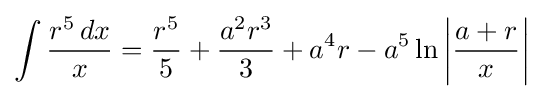
\int {\frac {r^{5}\,dx}{x}}={\frac {r^{5}}{5}}+{\frac {a^{2}r^{3}}{3}}+a^{4}r-a^{5}\ln \left|{\frac {a+r}{x}}\right|